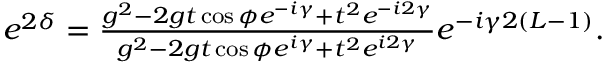
\begin{array} { r } { e ^ { 2 \delta } = \frac { g ^ { 2 } - 2 g t \cos \phi e ^ { - i \gamma } + t ^ { 2 } e ^ { - i 2 \gamma } } { g ^ { 2 } - 2 g t \cos \phi e ^ { i \gamma } + t ^ { 2 } e ^ { i 2 \gamma } } e ^ { - i \gamma 2 ( L - 1 ) } . } \end{array}